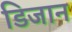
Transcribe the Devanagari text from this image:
डिजान